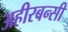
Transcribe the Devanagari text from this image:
अहीरबन्सी